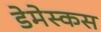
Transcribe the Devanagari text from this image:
डेमेस्कस